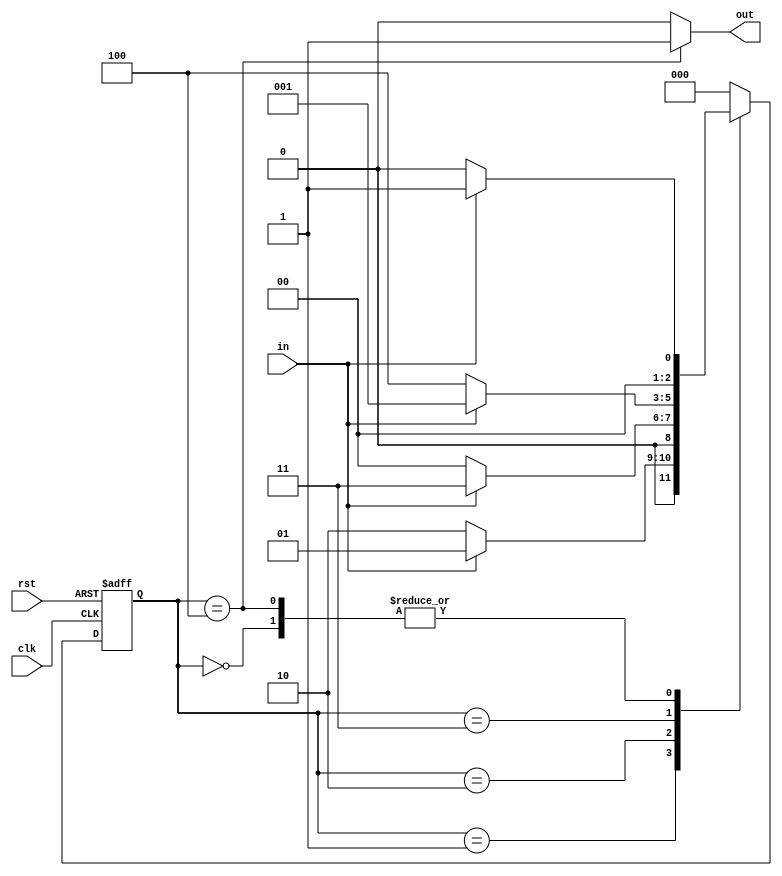
  `timescale 1ns / 1ps
//////////////////////////////////////////////////////////////////////////////////

//////////////////////////////////////////////////////////////////////////////////


module seq_det1010(
                    input clk, input in,input rst,
                    output reg out);
                    
parameter s0=3'b000,s1=3'b001,s2=3'b010,s3=3'b011,s4=3'b100;
reg [2:0]cs,ns;

always@(posedge clk,negedge rst)
begin
if(!rst)
begin
cs<=s0;
end
else
cs<=ns;
end

always @(*)
begin 
case(cs)
    s0: ns=in?s1:s0;
    s1: ns=in?s1:s2;
    s2: ns=in?s3:s0;
    s3: ns=in?s1:s4;
    s4: ns=in?s1:s0;
    default: ns=s0;
endcase
end

always @(*)
begin 
case(cs)
    s0: out=0;
    s1: out=0;
    s2: out=0;
    s3: out=0;
    s4: out=1;
    default: out=0;
endcase
end
endmodule